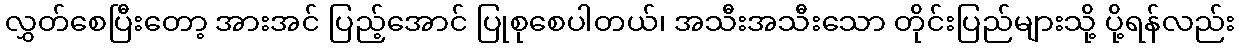
လွှတ်စေပြီးတော့ အားအင် ပြည့်အောင် ပြုစုစေပါတယ်၊ အသီးအသီးသော တိုင်းပြည်များသို့ ပို့ရန်လည်း